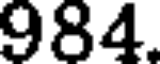
984.